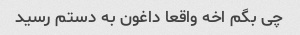
چی بگم اخه واقعا داغون به دستم رسید